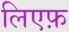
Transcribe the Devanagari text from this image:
लिएफ़